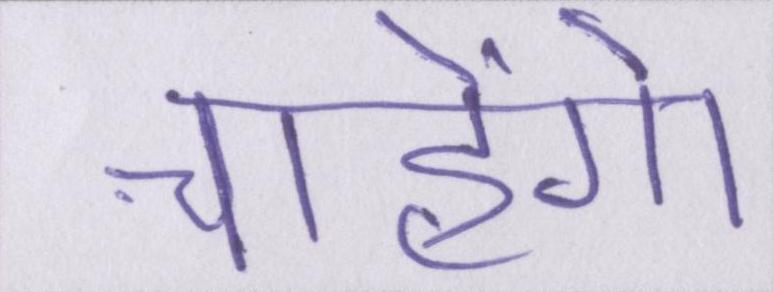
चाहेंगे।